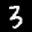
Label: 3